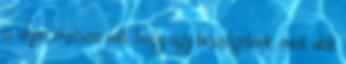
is olyan érzésem volt, hogy úgy beszélgetnek, mint akik